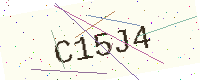
Text: C15J4